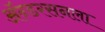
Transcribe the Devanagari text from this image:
ॲन्डरसनला